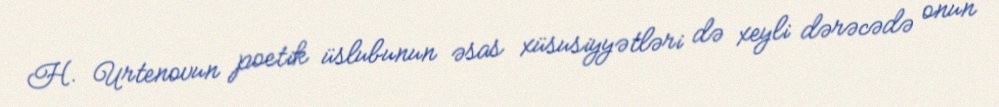
H. Urtenovun poetik üslubunun əsas xüsusiyyətləri də xeyli dərəcədə onun